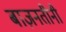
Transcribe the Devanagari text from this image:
बाज़नतीनी